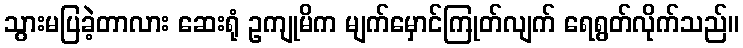
သွားမပြခဲ့တာလား ဆေးရုံ ဥကျုမိက မျက်မှောင်ကြုတ်လျက် ရေရွတ်လိုက်သည်။